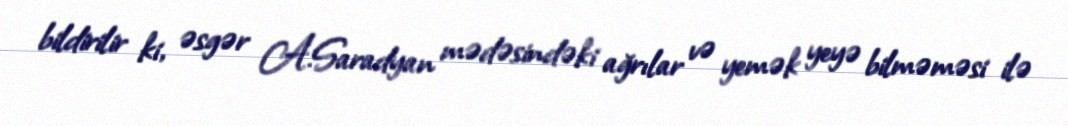
bildirilir ki, əsgər A.Saradyan mədəsindəki ağrılar və yemək yeyə bilməməsi ilə